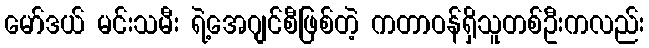
မော်ဒယ် မင်းသမီး ရဲ့အေဂျင်စီဖြစ်တဲ့ ကတာဝန်ရှိသူတစ်ဦးကလည်း